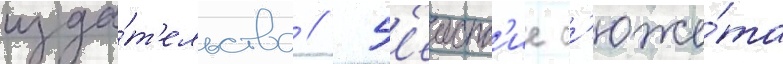
изда́т'ельства // Д'еиств'ие с'юже́та